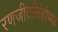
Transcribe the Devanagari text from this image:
रणजीतसिंहांच्या